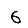
Digit: 6